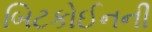
બિટકોઈનની